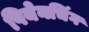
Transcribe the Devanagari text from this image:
पियेनचिंग